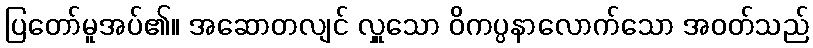
ပြတော်မူအပ်၏။ အဆောတလျင် လှူသော ဝိကပ္ပနာလောက်သော အဝတ်သည်